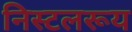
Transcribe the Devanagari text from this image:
निस्टलरूय